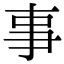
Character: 事